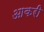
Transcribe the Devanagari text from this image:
आकरी